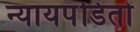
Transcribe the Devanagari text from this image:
न्यायपंडितों